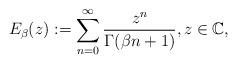
LaTeX: \begin{align*}E_{\beta}(z):=\sum_{n=0}^{\infty}\frac{z^{n}}{\Gamma(\beta n+1)},z\in\mathbb{C},\end{align*}